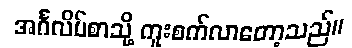
အင်္ဂလိပ်စာသို့ ကူးစက်လာတော့သည်။